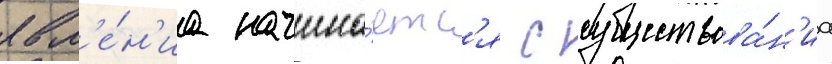
явл'е́н'иа начина́етс'я с существова́н'иа